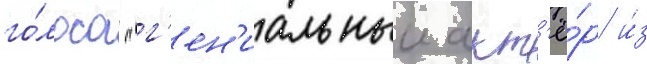
го́лоса "г'ен'иальныи акт'ё́р и́з